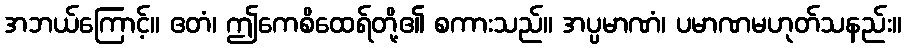
အဘယ်ကြောင့်။ ဧတံ၊ ဤကေစိထေရ်တို့၏ စကားသည်။ အပ္ပမာဏံ၊ ပမာဏမဟုတ်သနည်း။